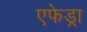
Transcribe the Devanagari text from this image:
एफेड्रा